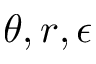
\theta , r , \epsilon